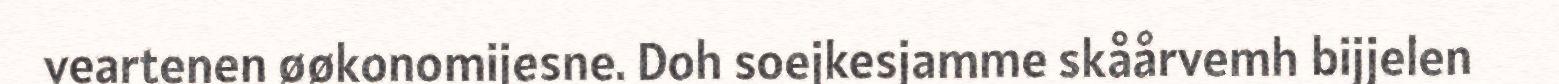
veartenen øøkonomijesne. Doh soejkesjamme skåårvemh bijjelen